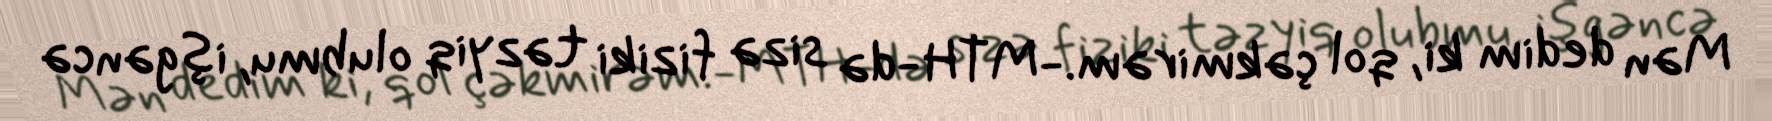
Mən dedim ki, qol çəkmirəm.-MTH-də sizə fiziki təzyiq olubmu, işgəncə